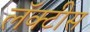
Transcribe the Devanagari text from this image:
लॅक्‍टीस